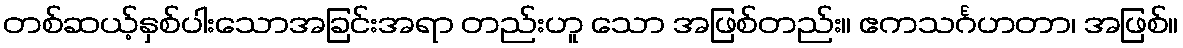
တစ်ဆယ့်နှစ်ပါးသောအခြင်းအရာ တည်းဟူ သော အဖြစ်တည်း။ ဧကသင်္ဂဟတာ၊ အဖြစ်။